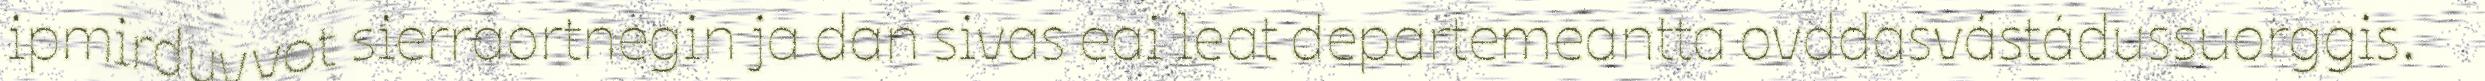
ipmirduvvot sierraortnegin ja dan sivas eai leat departemeantta ovddasvástádussuorggis.